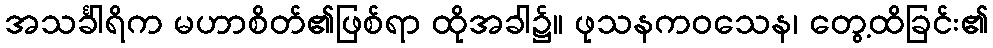
အသင်္ခါရိက မဟာစိတ်၏ဖြစ်ရာ ထိုအခါ၌။ ဖုသနကဝသေန၊ တွေ့ထိခြင်း၏